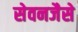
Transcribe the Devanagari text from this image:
सेवनजैसे